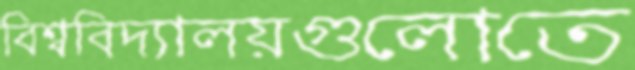
বিশ্ববিদ্যালয়গুলোতে